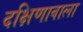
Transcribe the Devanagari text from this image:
दक्षिणावाला